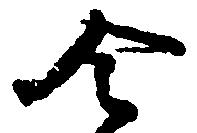
令